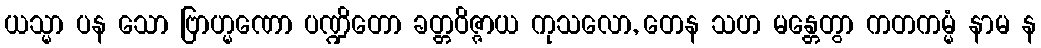
ယသ္မာ ပန သော ဗြာဟ္မဏော ပဏ္ဍိတော ခတ္တဝိဇ္ဇာယ ကုသလော, တေန သဟ မန္တေတွာ ကတကမ္မံ နာမ န